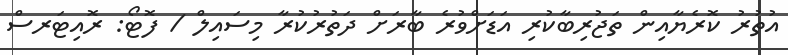
އުތުރު ކޮރެޔާއިން ތަޖުރިބާކުރި އަޑަށްވުރެ ބާރަށް ދަތުރުކުރާ މިސައިލް / ފޮޓޯ: ރޮއިޓަރސް